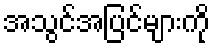
အသွင်အပြင်များကို